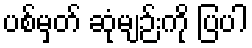
ပစ်မှတ် ဆုံမျဉ်းကို ပြပါ